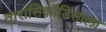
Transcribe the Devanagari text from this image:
तारासिकॉडिसाला